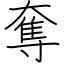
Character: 奪